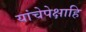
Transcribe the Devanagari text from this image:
यांचेपेक्षाहि